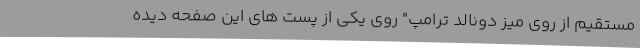
مستقیم از روی میز دونالد ترامپ" روی یکی از پست های این صفحه دیده